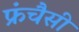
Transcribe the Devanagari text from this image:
फ्रंचैसी